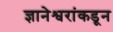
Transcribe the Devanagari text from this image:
ज्ञानेश्वरांकडून